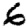
Digit: 6